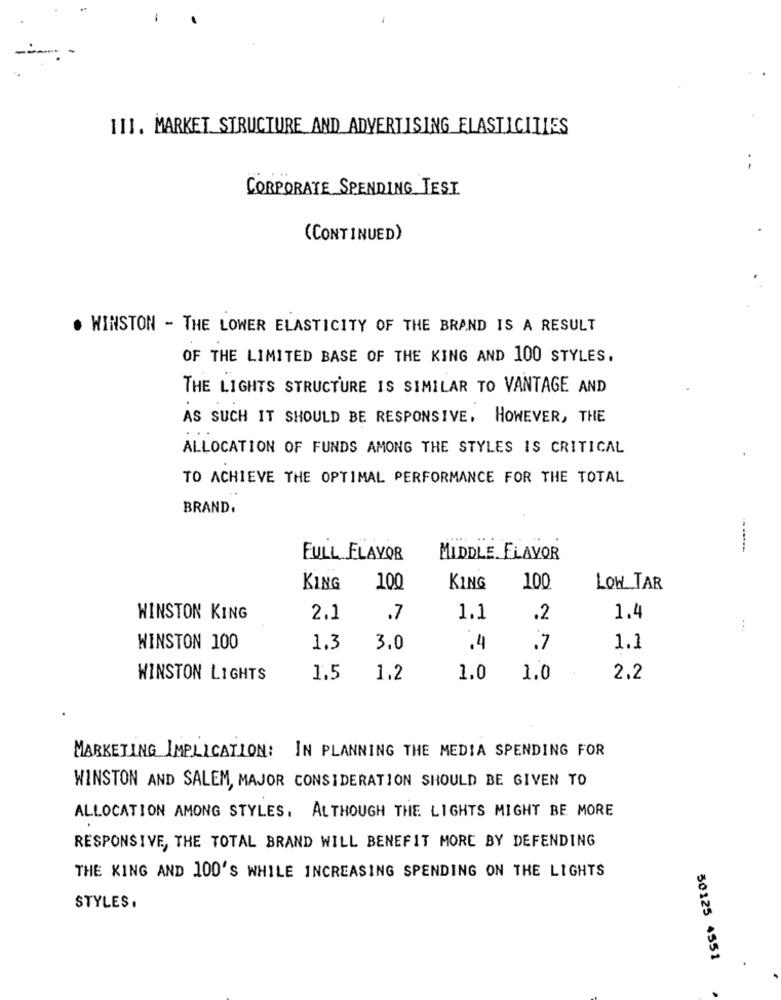
III. MARKET STRUCTURE AND ADVERTISING ELASTICITIES
CORPORATE SPENDING TEST
(CONTINUED)
. WINSTON - THE LOWER ELASTICITY OF THE BRAND IS A RESULT
OF THE LIMITED BASE OF THE KING AND 100 STYLES.
THE LIGHTS STRUCTURE IS SIMILAR TO VANTAGE AND
AS SUCH IT SHOULD BE RESPONSIVE, HOWEVER, THE
ALLOCATION OF FUNDS AMONG THE STYLES IS CRITICAL
TO ACHIEVE THE OPTIMAL PERFORMANCE FOR THE TOTAL
BRAND.
FULL FLAVOR
MIDDLE FLAVOR
KING
100
KING
100
LOW TAR
WINSTON KING
2.1
.7
1.1
.2
1.4
...
WINSTON 100
1.3
3.0
.4
.7
1.1
WINSTON LIGHTS
1.5
1.2
1.0
1.0
2.2
MARKETING IMPLICATION: IN PLANNING THE MEDIA SPENDING FOR
WINSTON AND SALEM, MAJOR CONSIDERATION SHOULD BE GIVEN TO
ALLOCATION AMONG STYLES, ALTHOUGH THE LIGHTS MIGHT BE MORE
RESPONSIVE, THE TOTAL BRAND WILL BENEFIT MORE BY DEFENDING
THE KING AND 100'S WHILE INCREASING SPENDING ON THE LIGHTS
STYLES.
30125 4551